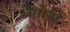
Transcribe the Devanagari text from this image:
अंगौछा